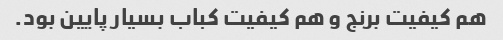
هم کیفیت برنج و هم کیفیت کباب بسیار پایین بود.